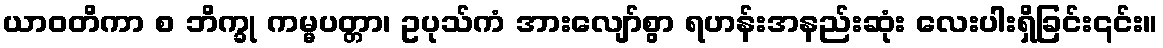
ယာဝတိကာ စ ဘိက္ခု ကမ္မပတ္တာ၊ ဥပုသ်ကံ အားလျော်စွာ ရဟန်းအနည်းဆုံး လေးပါးရှိခြင်း၎င်း။